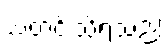
သတင်းသိရသည်